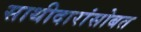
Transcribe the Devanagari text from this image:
साथीदारांसोबत